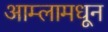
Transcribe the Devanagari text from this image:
आम्लामधून